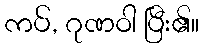
ကပ်, ဂုဏဝါ ပြီး၏။